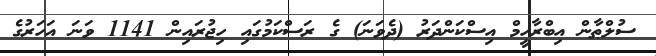
ސުލްޠާން އިބްރާހީމް އިސްކަންދަރު (ދެވަނަ) ގެ ރަސްކަމުގައި ހިޖުރައިން 1141 ވަނަ އަހަރުގެ